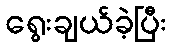
ရွေးချယ်ခဲ့ပြီး